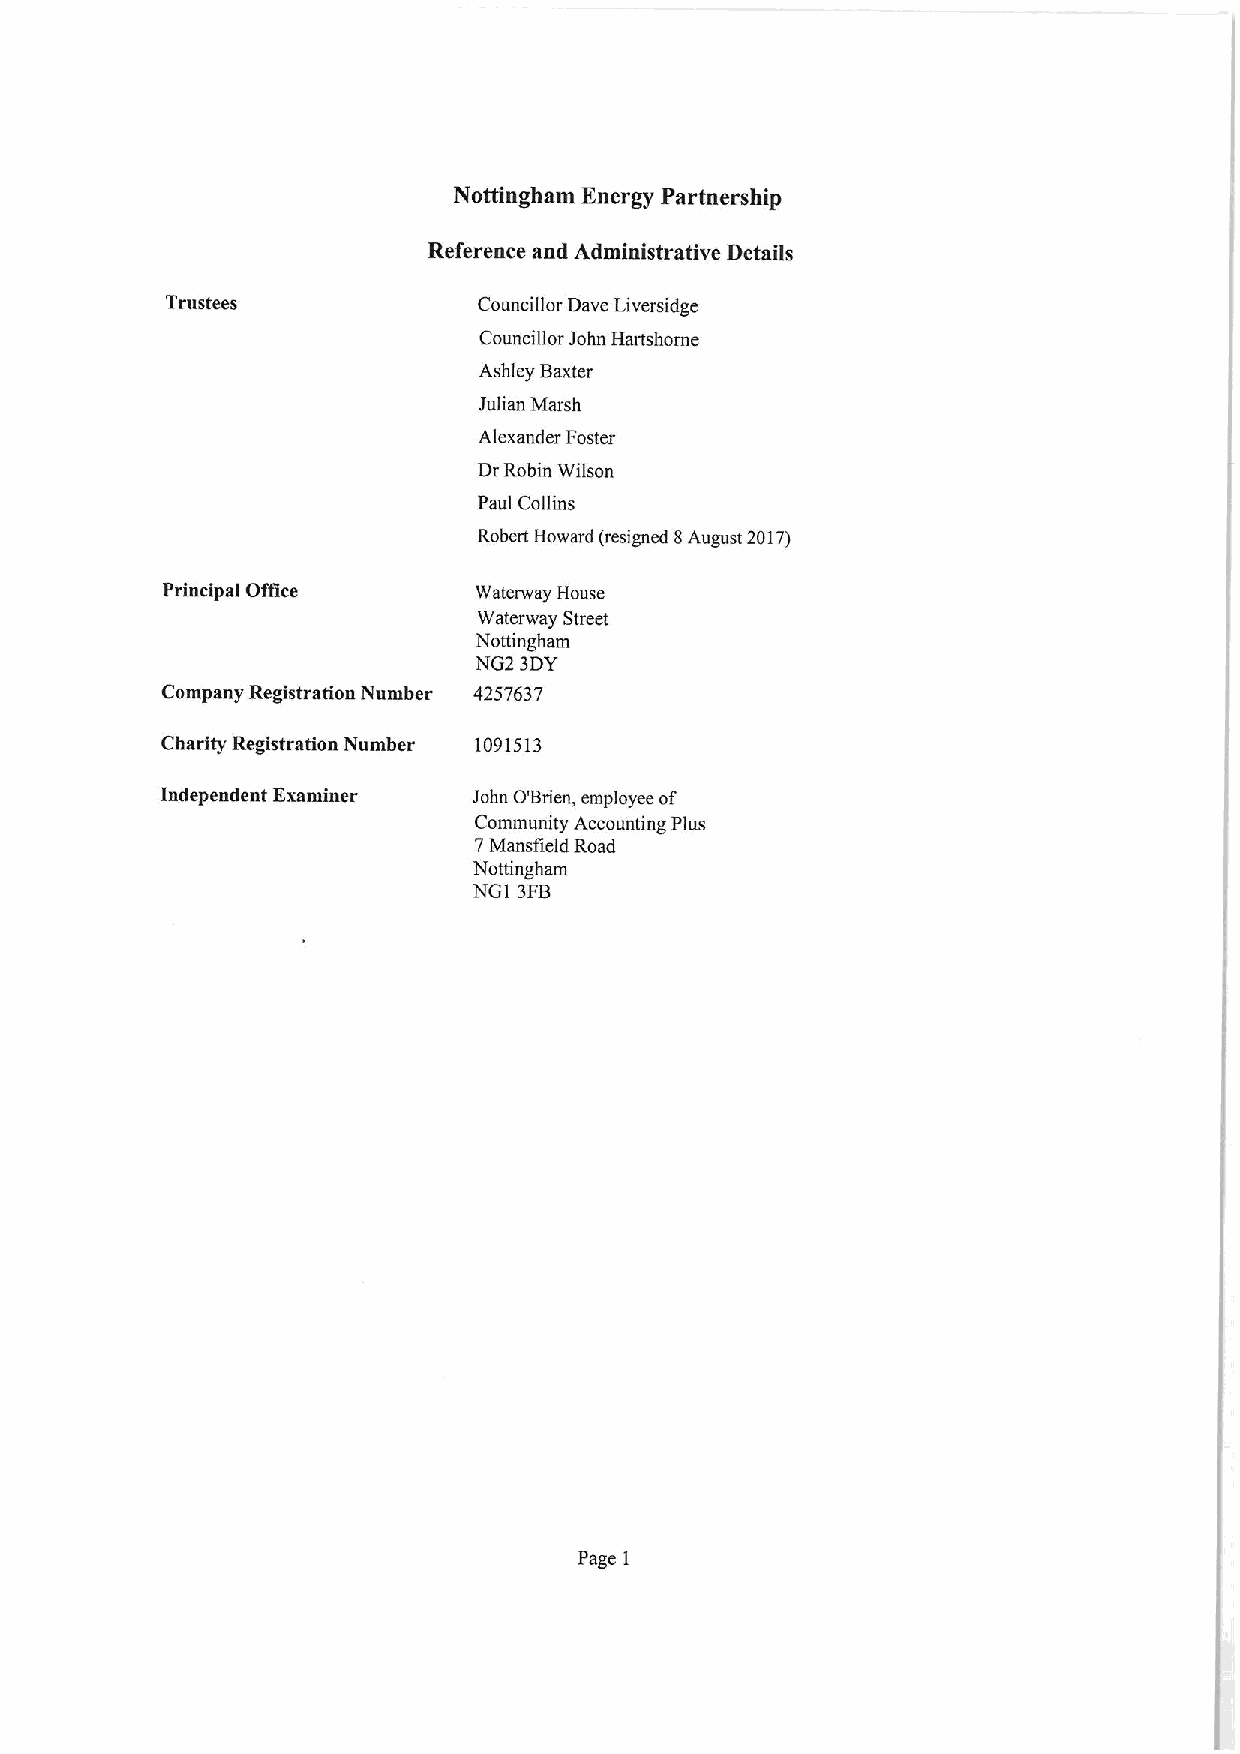
Nottingham Energy Partnership
 Reference and Administrative Details
 Trustees             Councillor Dave Liversidge
 Councillor John Hartshome
 Ashley Baxter
 Julian Marsh
 Alexander Foster
 DrRobin Wilson
 Paul Collins
 Robert Howard (resigned 8August 2017)
 Principal Office    Waterway House
 Waterway Street
 Nottingham
 NG2 3DY
 Company Registration Number 4257637
 Charity Registration Number 1091513
 independent Examiner John O'Brien, employee of
 Community Accounting Plus
 7Mansfield Road
 Nottingham
 NG1 3FB
 Page 1